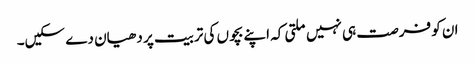
ان کو فرصت ہی نہیں ملتی کہ اپنے بچوں کی تربیت پر دھیان دے سکیں۔